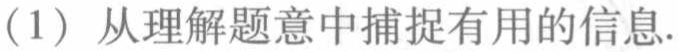
(1) 从理解题意中捕捉有用的信息.